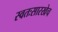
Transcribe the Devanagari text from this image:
स्वतःसारखेच